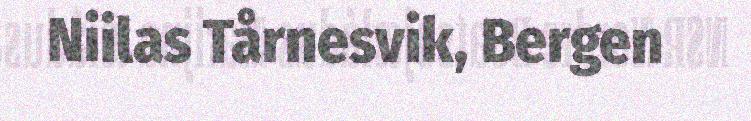
Niilas Tårnesvik, Bergen